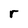
Character: r